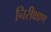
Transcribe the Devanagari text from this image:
निरीक्षाण